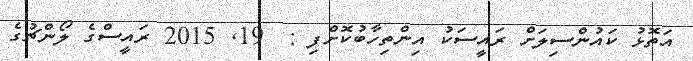
އަތޮޅު ކައުންސިލަށް ރައީސަކު އިންތިހާބުކޮށްފި :  19